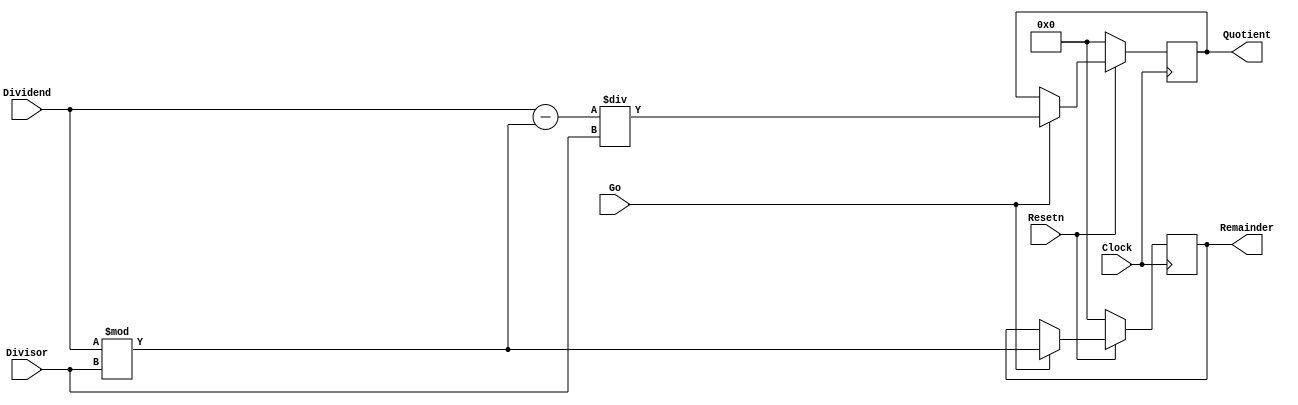
module part3(Clock, Resetn, Go, Divisor, Dividend, Quotient, Remainder);
    input Clock, Resetn, Go;
    input [3:0] Divisor, Dividend;
    output reg [3:0] Quotient, Remainder;
    reg [3:0] divisible;

    always @ (posedge Clock)
    begin
        if (!Resetn)
        begin
            Remainder = 0;
            Quotient = 0;
        end
        else if (Go)
        begin
            Remainder = (Dividend % Divisor); 
            divisible = (Dividend - Remainder);
            Quotient = (divisible / Divisor);
        end
    end
endmodule